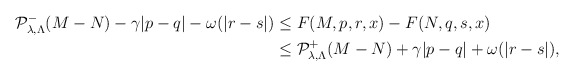
\begin{align*}\mathcal{P}_{\lambda,\Lambda}^-(M-N)-\gamma|p-q|-\omega(|r-s|)&\leq F(M,p,r,x)-F(N,q,s,x)\\&\leq\mathcal{P}_{\lambda,\Lambda}^+(M-N)+\gamma|p-q|+\omega(|r-s|),\end{align*}